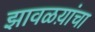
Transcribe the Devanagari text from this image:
झावळय़ांचा